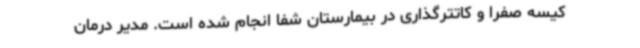
کیسه صفرا و کاتترگذاری در بیمارستان شفا انجام شده است. مدیر درمان